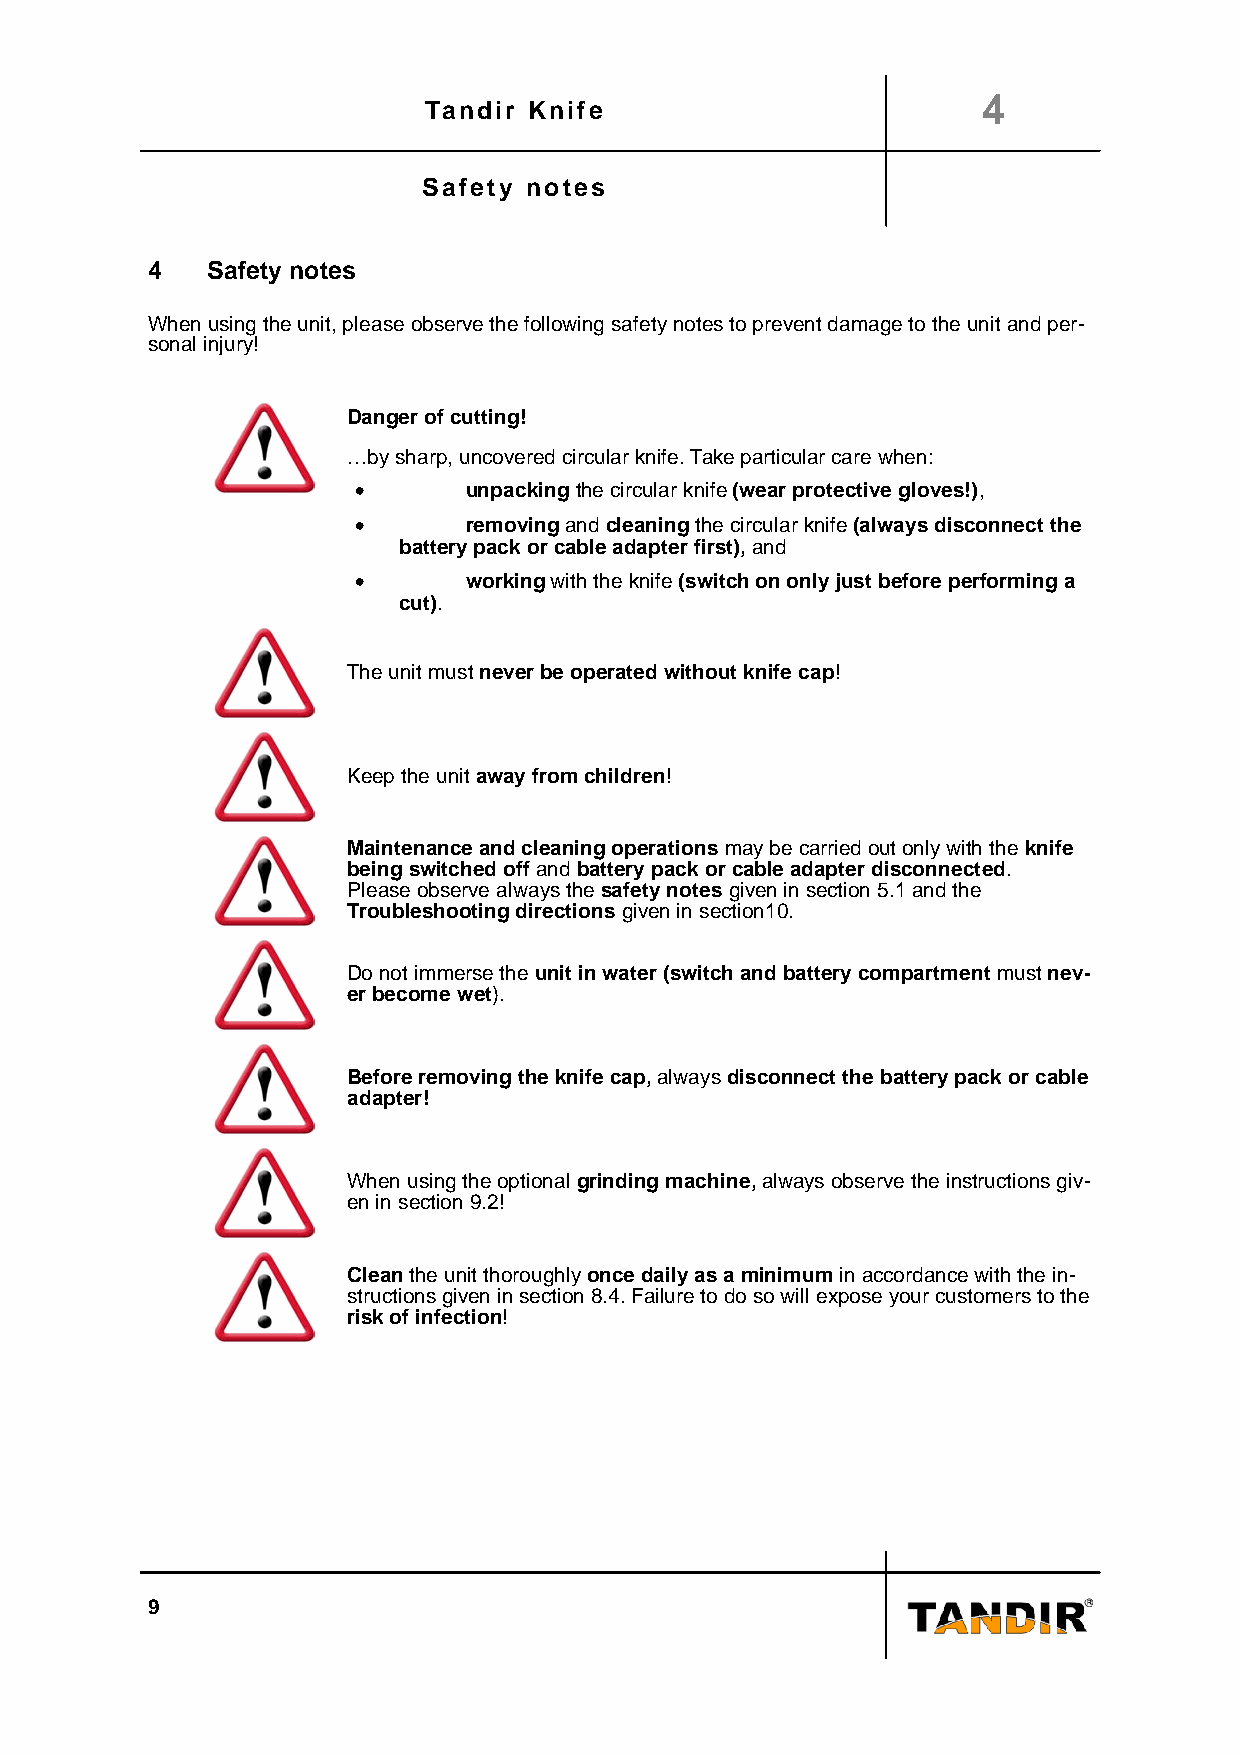
4
 Tandir Knife
 Safety notes
 4   Safety notes
 When using the unit, please observe the following safety notes to prevent damage to the unit and per-
 sonal injury!
 Danger of cutting!
 …by sharp, uncovered circular knife. Take particular care when:
 •       unpacking the circular knife (wear protective gloves!),
 •       removing and cleaning the circular knife (always disconnect the
 battery pack or cable adapter first), and
 •       working with the knife (switch on only just before performing a
 cut).
 The unit must never be operated without knife cap!
 Keep the unit away from children!
 Maintenance and cleaning operations may be carried out only with the knife
 being switched off and battery pack or cable adapter disconnected.
 Please observe always the safety notes given in section 5.1 and the
 Troubleshooting directions given in section10.
 Do not immerse the unit in water (switch and battery compartment must nev-
 er become wet).
 Before removing the knife cap, always disconnect the battery pack or cable
 adapter!
 When using the optional grinding machine, always observe the instructions giv-
 en in section 9.2!
 Clean the unit thoroughly once daily as a minimum in accordance with the in-
 structions given in section 8.4. Failure to do so will expose your customers to the
 risk of infection!
 9